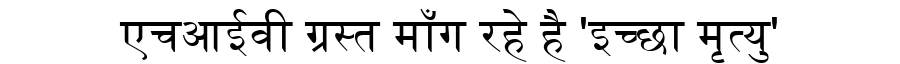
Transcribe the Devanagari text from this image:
एचआईवी ग्रस्त माँग रहे है 'इच्छा मृत्यु'